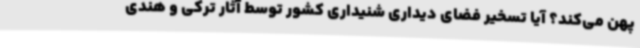
پهن می‌کند؟ آیا تسخیر فضای دیداری شنیداری کشور توسط آثار ترکی و هندی